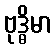
ဗုဒ္ဓိမာ